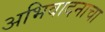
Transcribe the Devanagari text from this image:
अभिवादनाचा